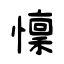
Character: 懍